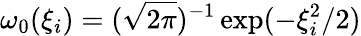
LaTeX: \omega_{0}(\xi_{i})=(\sqrt{2\pi})^{-1}\exp(-\xi_{i}^{2}/2)